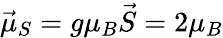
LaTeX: {\vec{\mu}}_{S}=g\mu_{B}{\vec{S}}=2\mu_{B}